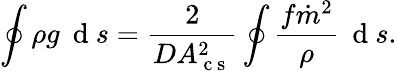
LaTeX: \oint\rho g\: \mathrm{~d~}s=\frac{2}{DA_{\mathrm{~c~s~}}^{2}}\oint\frac{f\dot{m}^{2}}{\rho}\: \mathrm{~d~}s.